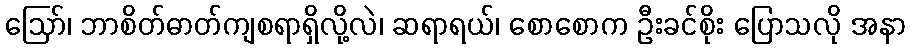
ဪ၊ ဘာစိတ်ဓာတ်ကျစရာရှိလို့လဲ၊ ဆရာရယ်၊ စောစောက ဦးခင်စိုး ပြောသလို အနာ